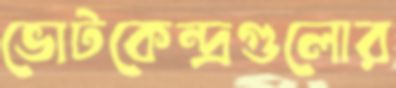
ভোটকেন্দ্রগুলোর